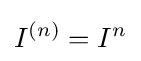
I^{(n)}=I^{n}